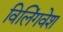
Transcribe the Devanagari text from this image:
विलिंगवेश